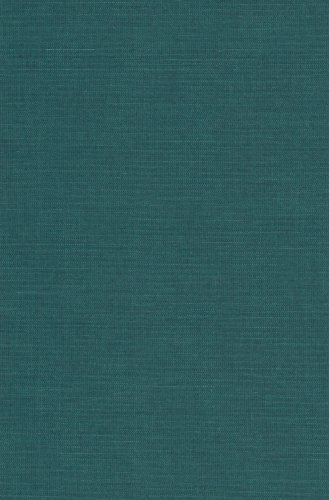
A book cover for The Law Code of Visnu: A Critical Edition and Annotated Translation of the Vaisnava-Dharmasastra (Harvard Oriental Series); Science & Math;